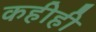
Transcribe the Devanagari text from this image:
कहीही